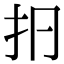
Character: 㧇